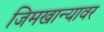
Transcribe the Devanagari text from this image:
जिमखान्यावर